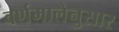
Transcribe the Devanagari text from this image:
वर्णमालेनुसार